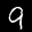
Label: 9